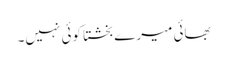
بھائی میرے بخشتا کوئی نہیں۔